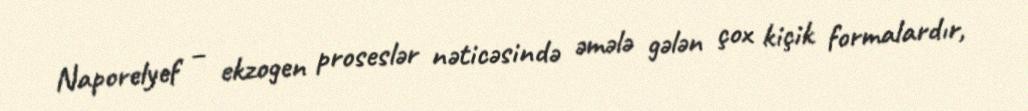
Naporelyef – ekzogen proseslər nəticəsində əmələ gələn çox kiçik formalardır,